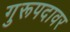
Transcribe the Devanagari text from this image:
गुरूपदावर